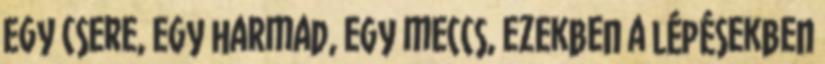
Egy csere, egy harmad, egy meccs, ezekben a lépésekben